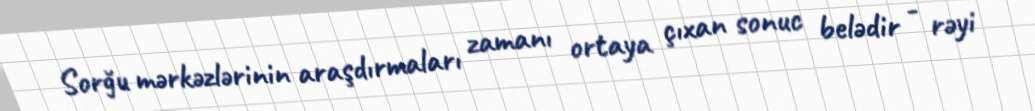
Sorğu mərkəzlərinin araşdırmaları zamanı ortaya çıxan sonuc belədir - rəyi